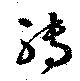
転